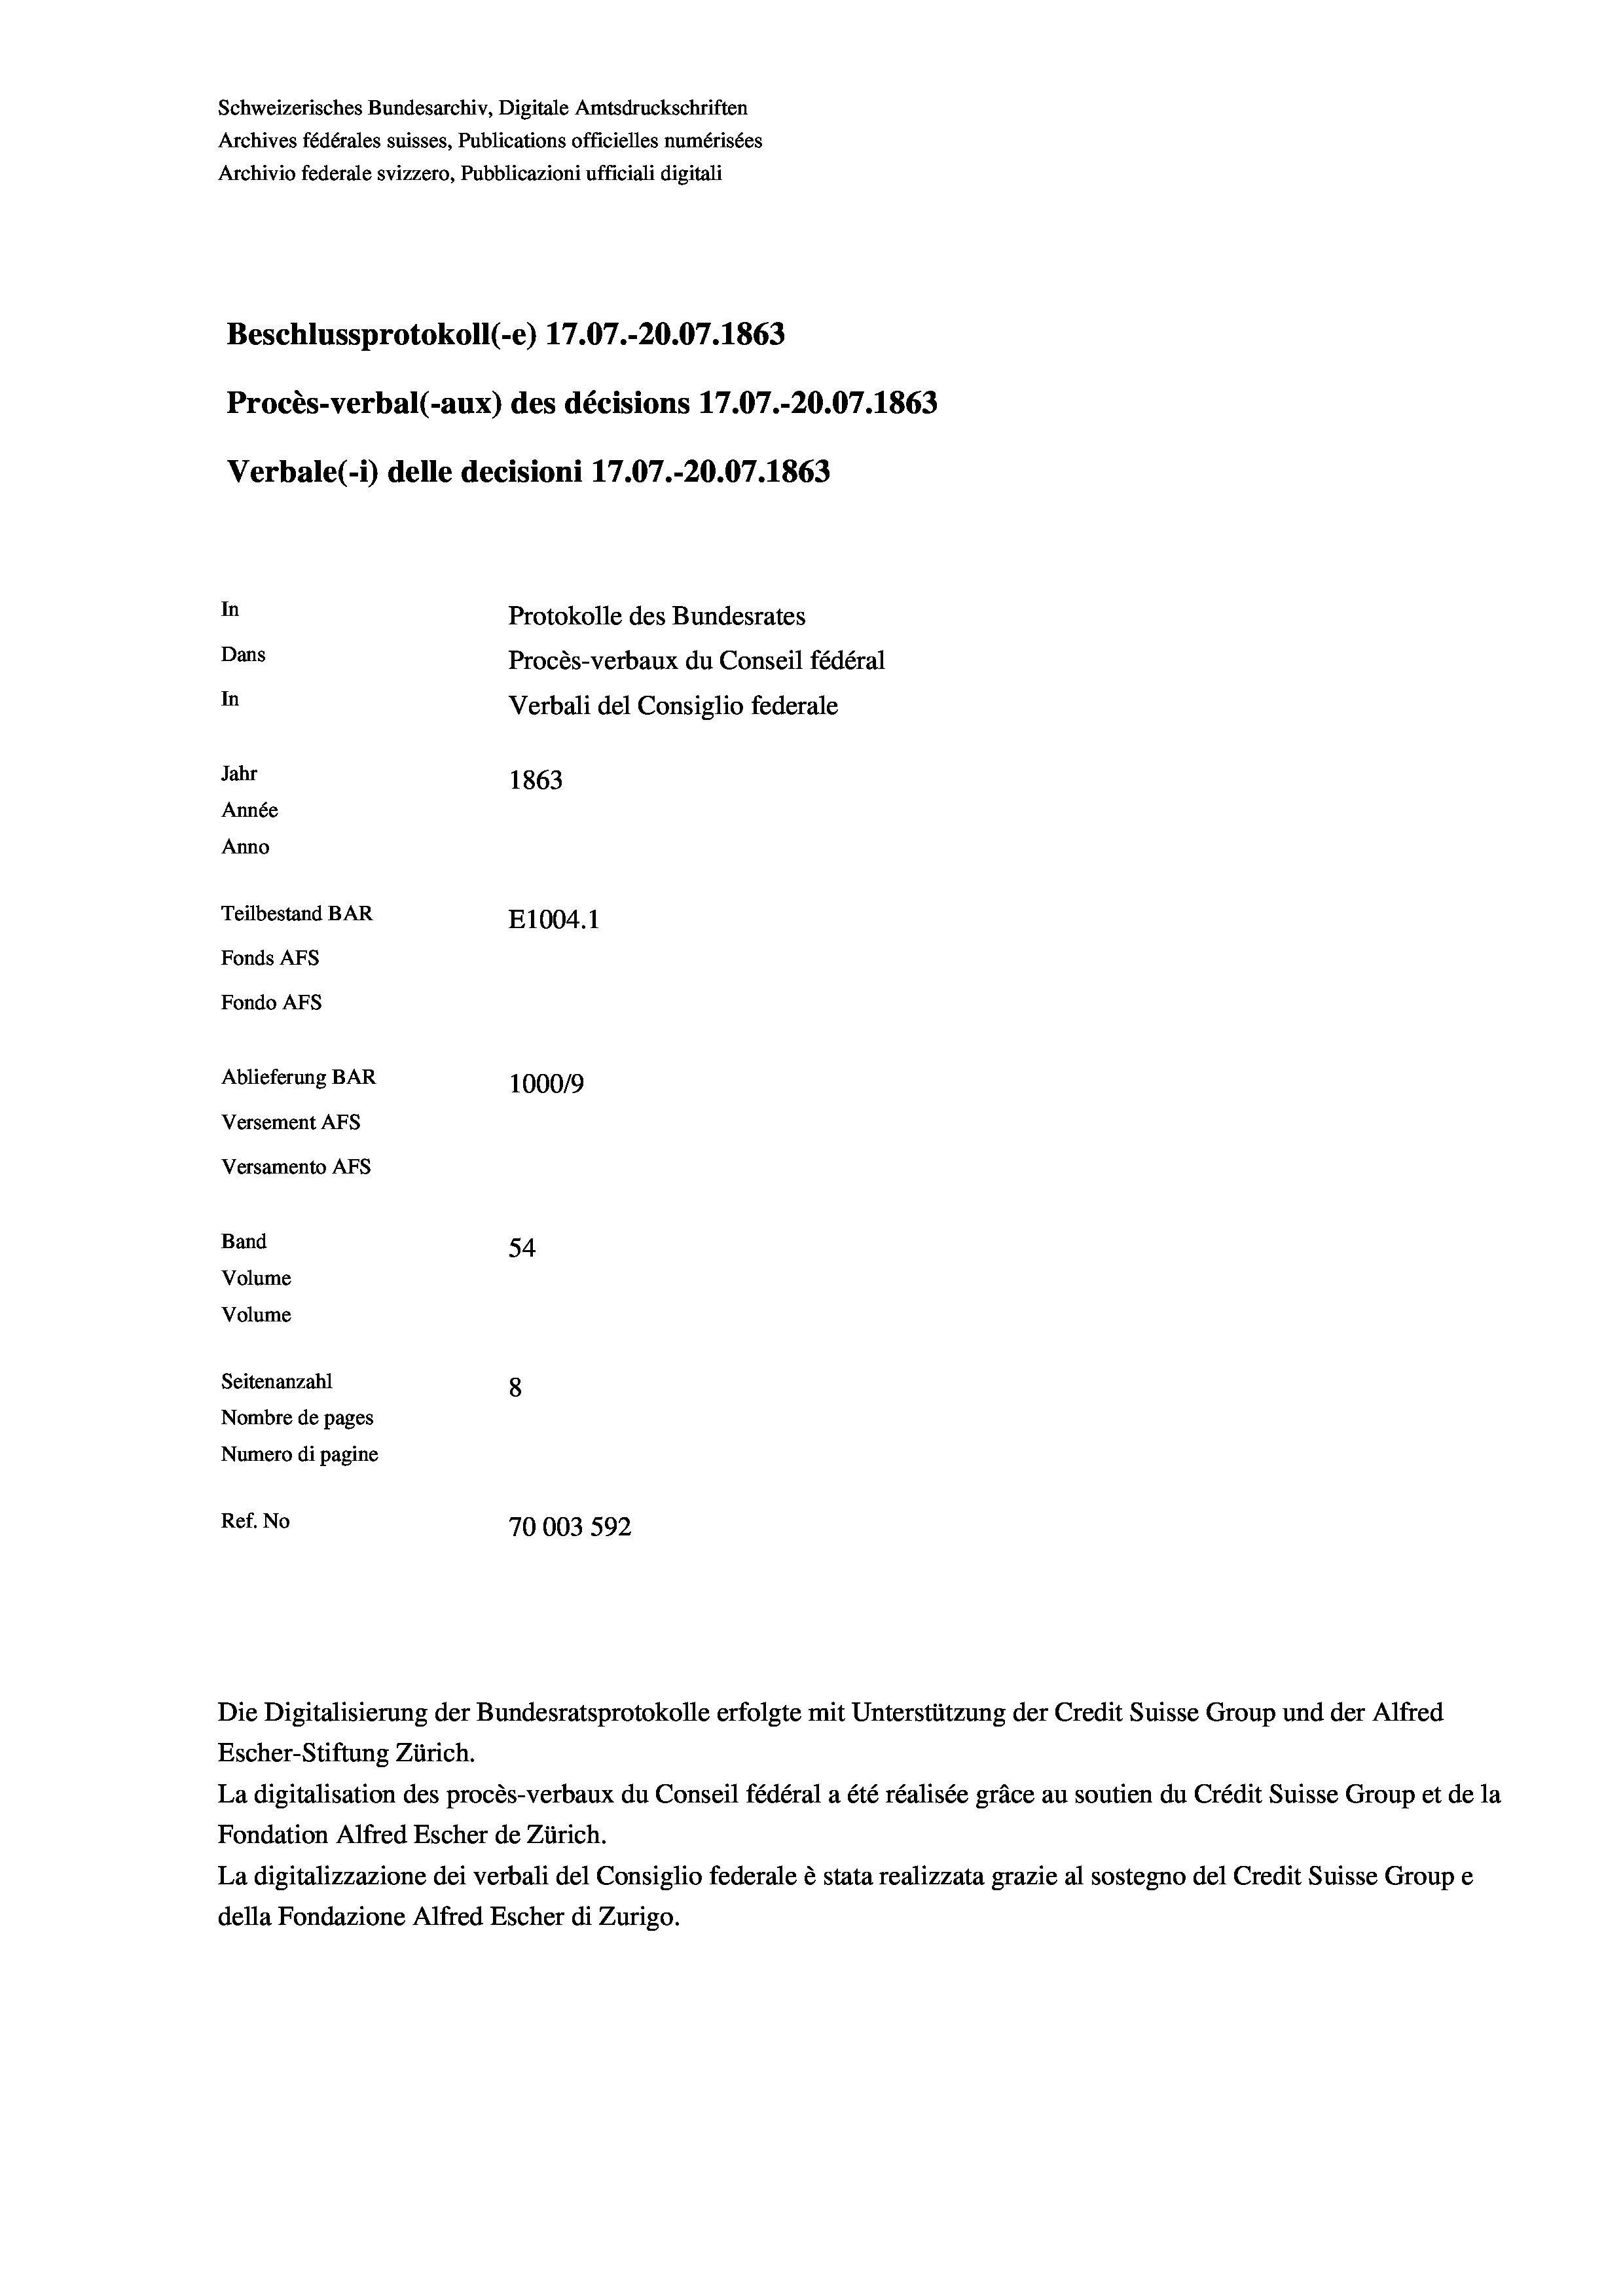
Schweizerisches Bundesarchiv, Digitale Amtsdruckschriften
Archives fédérales suisses, Publications officielles numérisées
Archivio federale svizzero, Pubblicazioni ufficiali digitali
Beschlussprotokoll (-e) 17.07.-20.07. 1863
Procès-verbal (-aux) des décisions 17.07.-20.07. 1863
Verbale (- 1) delle decisioni 17.07.-20.07. 1863
In
Protokolle des Bundesrates
Dans
Procès-verbaux du Conseil fédéral
In
Verbali del Consiglio federale
Jahr
1863
Année
Anno
Teilbestand BAR
E1004. 1
Fonds Afs
Fondo AFS
Ablieferung BAR
100019
Versement AFs
Versamento AFs
Band
54
Volume
Volume
Seitenanzahl
8
Nombre de pages
Numero di pagine
Ref. No
70003 592

Escher-Stiftung Zürich.
La digitalisation des procès-verbaux du Conseil fédéral a été réalisée gräce au soutien du Crédit Suisse Group et de la
Fondation Alfred Escher de Zürich.
La digitalizzazione dei verbali del Consiglio federale è stata realizzata grazie al sostegno del Credit Suisse Groupe
della Fondazione Alfred Escher di Zurigo.

Die Digitalisierung der Bundesratsprotokolle erfolgte mit Unterstützung der Credit Suisse Group und der Alfred